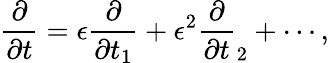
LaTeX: \frac{\partial}{\partial t}=\epsilon\frac{\partial}{\partial t_{1}}+\epsilon^{2}\frac{\partial}{\partial t}_{2}+\cdots,